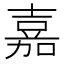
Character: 嘉